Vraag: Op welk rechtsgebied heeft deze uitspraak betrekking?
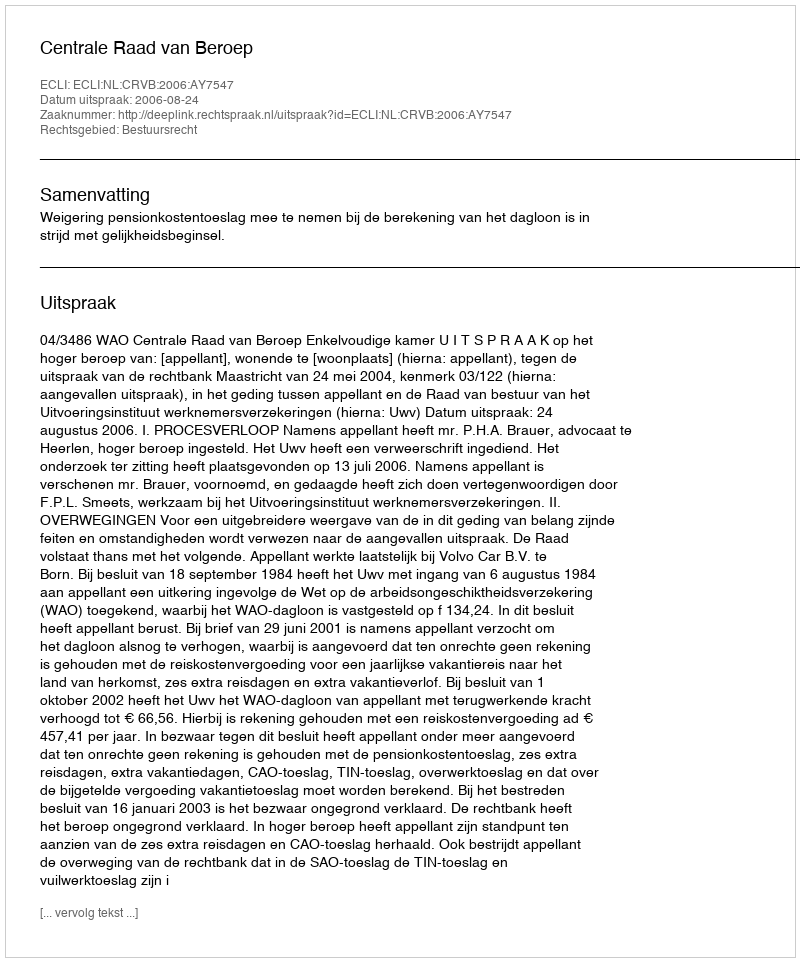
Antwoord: Bestuursrecht